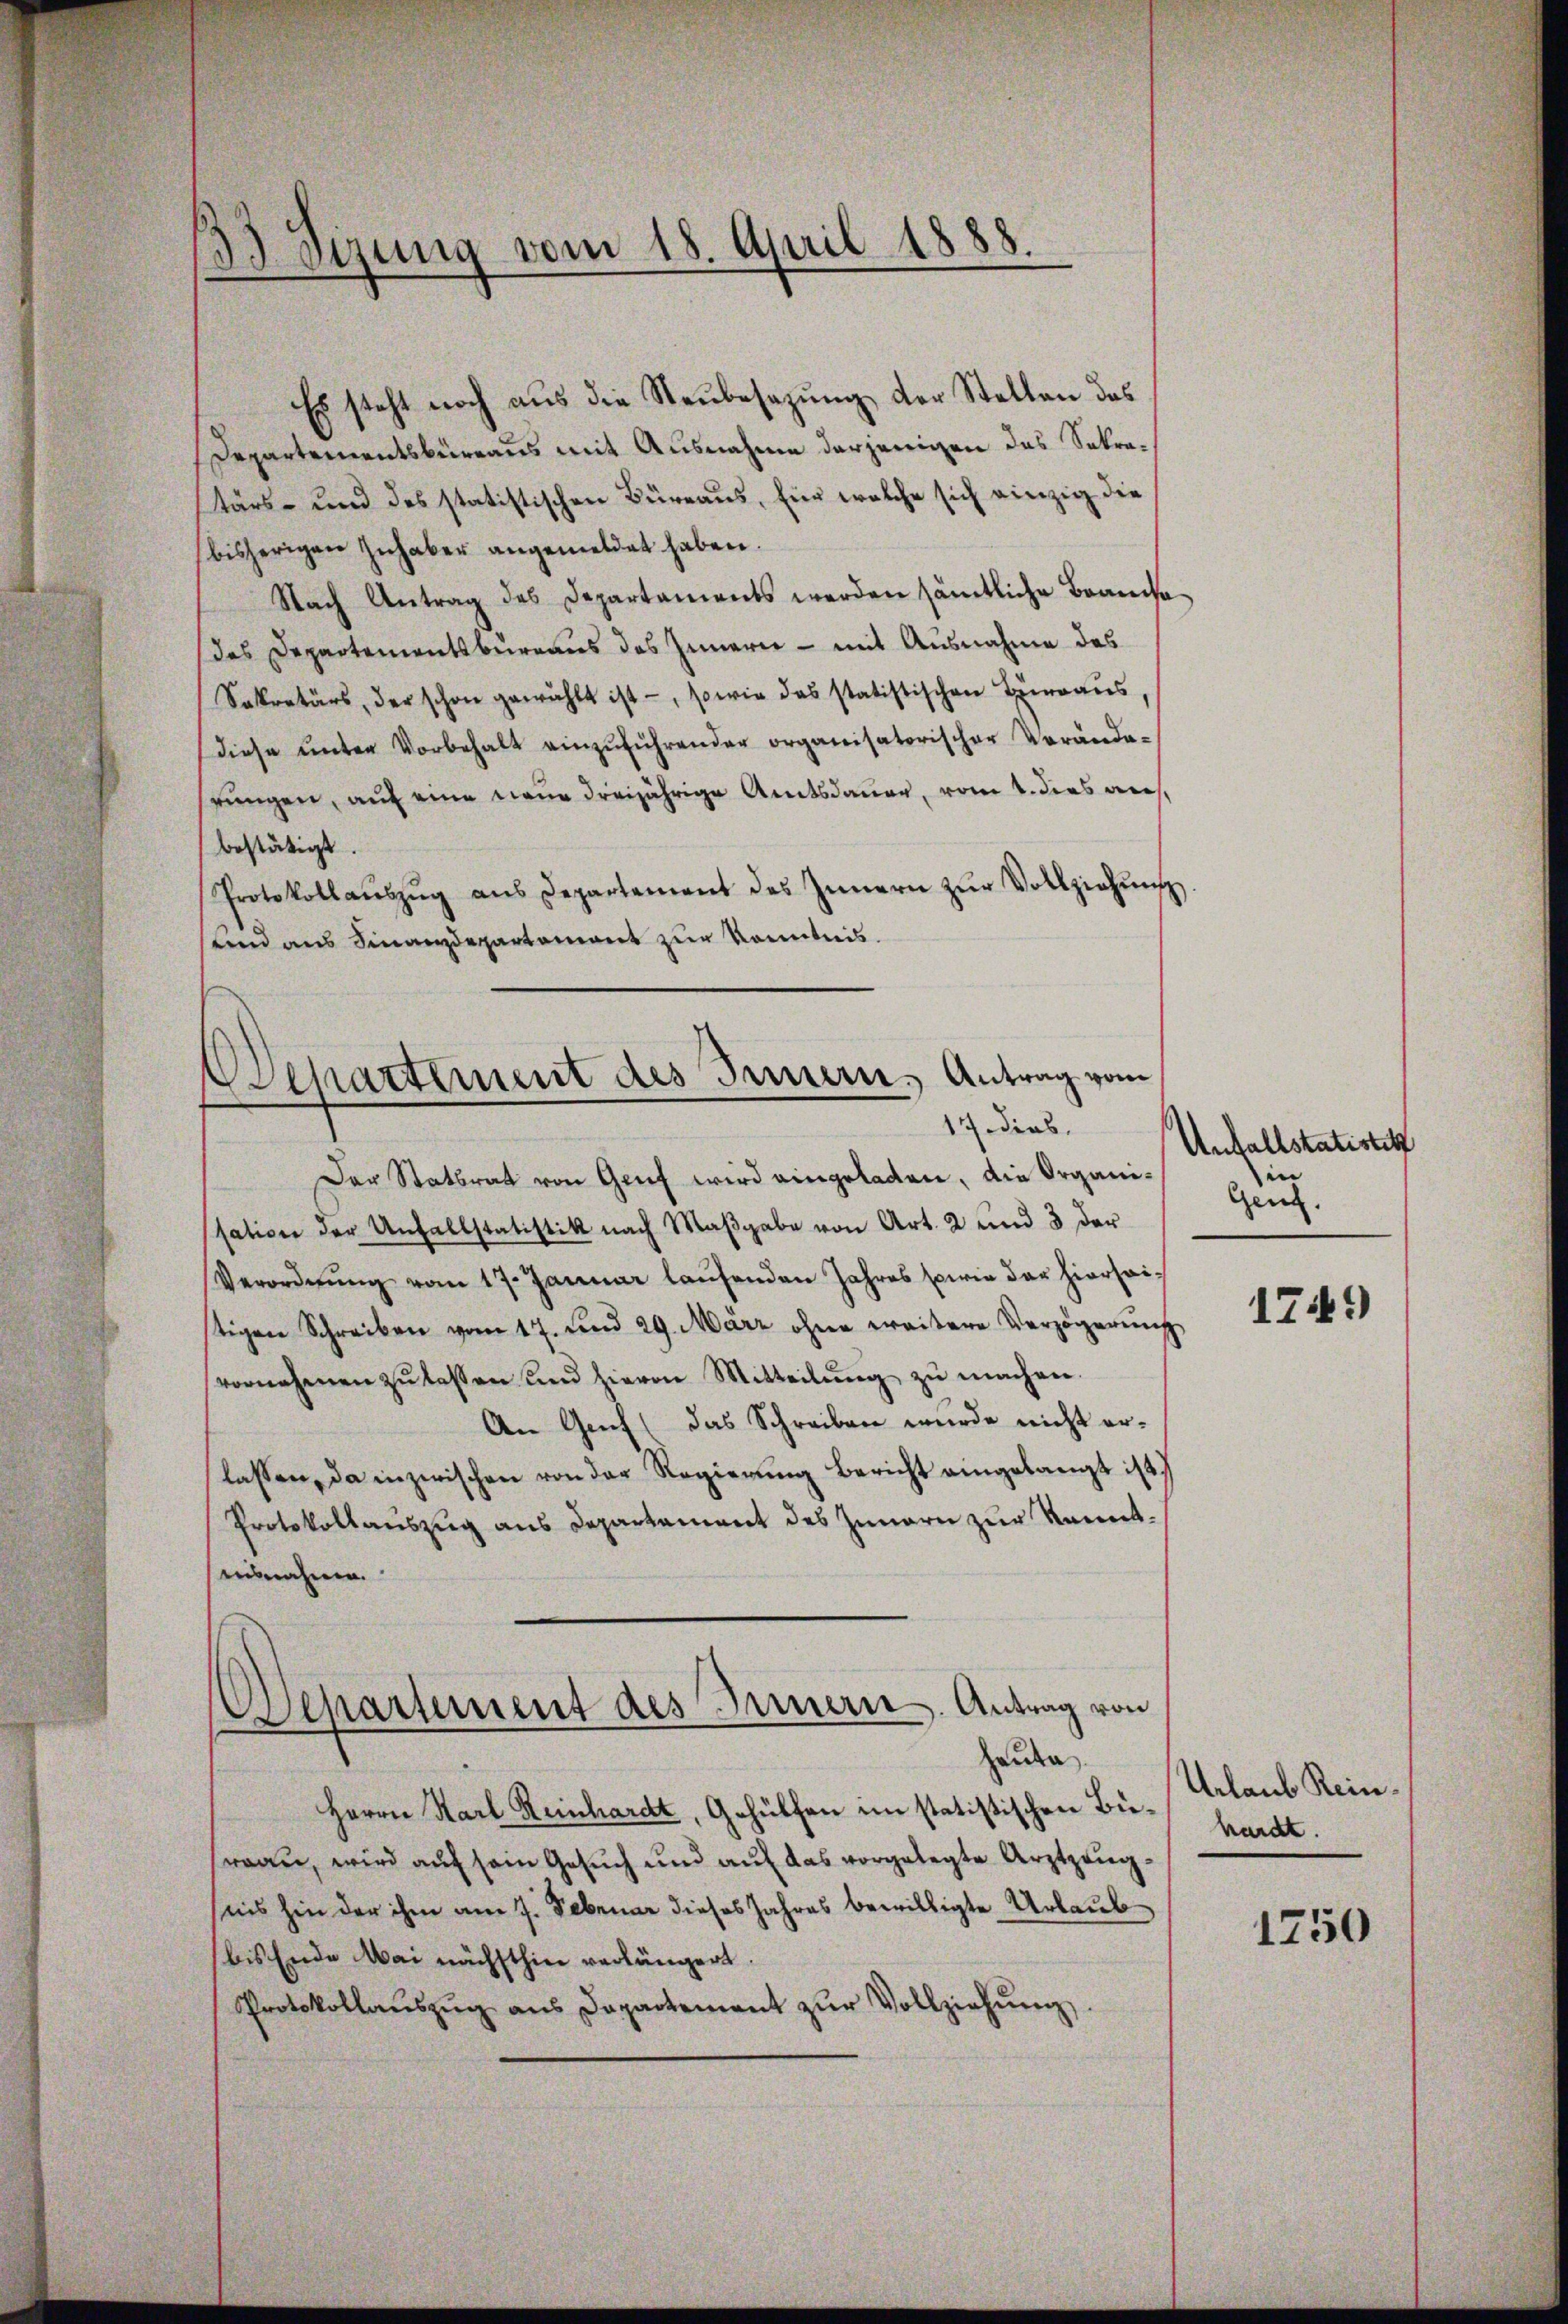
33 Sizung vom 18. April 1888.

Es steht noch aus die Neubesezung der Stellen des
Departementsbüreaus mit Ausnahme derjenigen das Sokratärs- und des statistischen Büreaus, für welche sich einzig die
bisherigen Inhaber angemeldet haben.
Nach Antrag des Departaments werden sämtliche Branche
(des Departementsbureaus des Innern - mit Ausnahme des
Sekretärs, der schon gewählt ist, sowie das statistischen Terraŭs
diese ŭnter Vorbehalt einzŭführender organisatorischer Verände-
rungen, auf eine neue dreijährige Amtsdauer, vom 1. dies auch,
bestätigt.
Protokollaŭszŭg ans Departement des Innern zŭr Vollziehŭng
und aus Finanzdepartamant zur Kenntnis.
Der Stattrat von Genf wird eingeladen, die Organissation der Unfallstatistik nach Maßgabe von Art. 2 und 3 der
Verordnŭng vom 17. Januar laŭfenden Jahres sowie der hierseistigen Schreiben vom 17. und 29. März ohne weitere Verzögerŭng
vornehmen zŭ lassen und hievon Mitteilŭng zŭ machen.
An Genf (das Schreiben wurde nicht erlassen, da inzwischen von der Regierung bericht eingelangt ist.
Protokollauszug aus Departement des Innern zur kannt.
ausnahme.
Departement des Innern. Antrag von
haute
Herrn Karl Reinhardt, Gehülfen im statistischen Büwan, wird auf sein Gesuch und auf das vorgelegte Arztzeugsiis hin der ihm am 7. Februar dieses Jahres bewilligte Urlaub
bis Ende Wai nächsthin verlängert.
Protokollaŭszŭg ans Departement zŭr Vollziehŭng

Departement des Innern, Antrag vom
17 dies.

Anfallstatistet
in
Gen.

1749

Urlaub Reinhardt.

1250